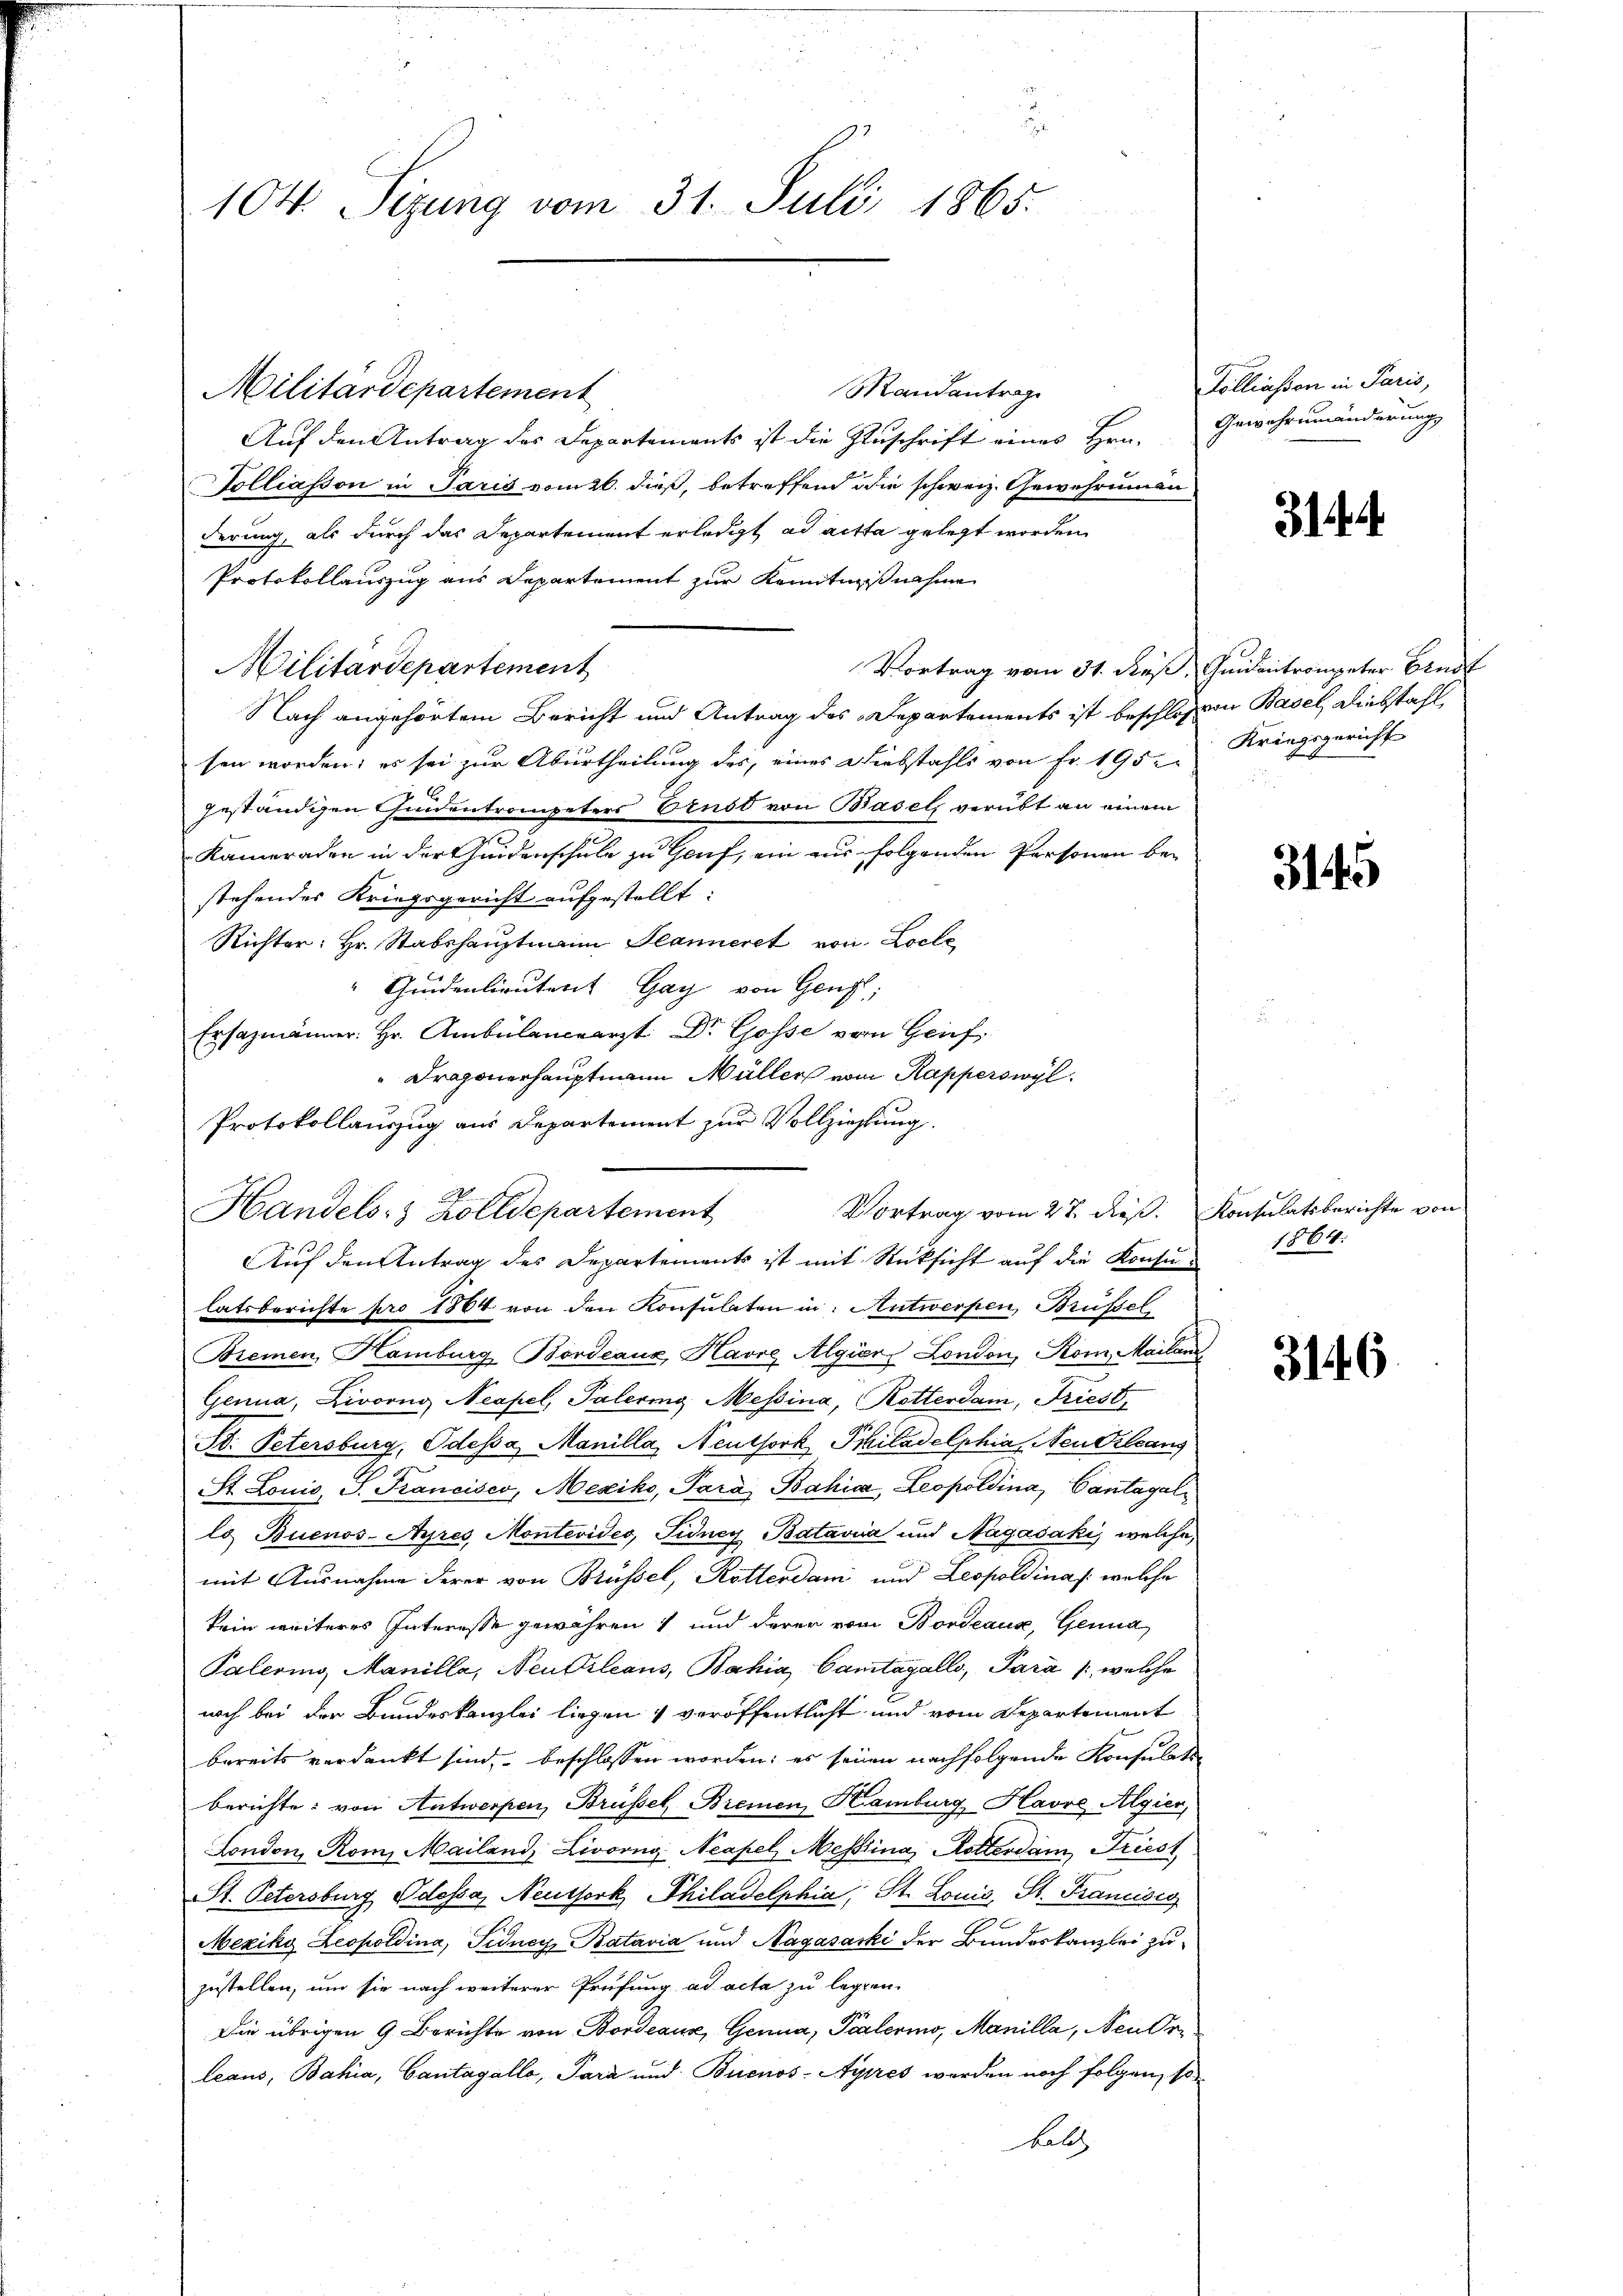
.
104. Sizung vom 31. Juli 1865.

Mandantrag
Militärdepartement
Auf den Antrag des Departements ist die Zuschrift eines Hrn.
Polliasson in Paris vom 26. dieß, betreffend die schweiz. Gewehrungen
derung, als durch das Departement erledigt ad acta gelegt worden
Protokollauszug aus Departement zur Kenntnißnahme
Militärdepartement
Nach angehörtem Bericht und Antrag des Departements ist beschlossen Basel, Diebstahl,
sen worden; es sei zur Aburtheilung des, eines Diebstahls von Fr. 195. Kriegsgericht
geständigen Chindentrompeters Ernst von Basels verübt an einem
Kameraden in der Guidenschule zu Genf, ein aus folgenden Personen bei
stehendes Kriegsgericht aufgestellt:
Richter: Hr. Stabshauptmann Planieret von Loche
"Grudenlieutent Gay von Genf;
Ersazmänner: Hr. Ambülanceärzt Dr. Gosse vom Grief,
"Dragonerhauptmann Müller vom Kapperswyl
Protokollauszug aus Departement zur Vollziehung.
Auf den Antrag des Departements ist mit Rücksicht aŭf die Konsu 1864.
latsberichte pro 1864 von den Konsulaten in: Antwerpen, Brüssel
Bremen, Hamburg Bordeaux, Havre Algier London, Rom, Mailanz
Genua, Livorng Neapel, Palering, Messina, Rotterdam, Friest
St. Petersburg, Odessa, Manilla, Neuthork Philadelphia, Neu Orleans
St. Louis, S. Francisco, Mexiko, Para Bahia, Leopoldina, Cantagallo Buenos-Ayres Montevides, Fidney Batavia und Nagašaki, welche,
mit Ausnahme derer von Brüssel, Rotterdan und Leopoldina /: welche
kein weiteres Interesse gewähren 1 und derer vom Bordeaux, Genua
Palering Manille, Neukrleans, Bahia, Cantagalli, Para /: welche
noch bei der Bundeskanzlei liegen & veröffentlicht und vom Departement
bereits verdankt sind, beschlossen worden; es seien nachfolgende Konsulatin
berichte: von Antwerpen, Brüssel Bremen, Hamburg, Havre Algier
London, Rom, Mailand, Livorng Neapel, Messlina, Rotterdam Friest
St. Petersburg Odessa, Neuthork, Philadelphia, St. Louis, St. Francisio
Mexiky Leopoldina, Sidney Batavia und Nagasache der Bundeskanzlei zuzustellen, um sie nach weiterer Prüfung ad acta zu legten.
Die übrigen 9 Berichte von Bordeaux, Genua, Palermo, Manilla, Neudr
leaus, Bahia, Cantagállo, Para und Buenos-Ayres werden noch folgen, so
alz

Handels- & Zolldepartement

Vortrag vom 27. dieß. Konsulatsberichte von

Polliasson in Paris,
Gewehrnwänderung

314

Vortrag vom 31. dieß, Quidentrompeter Bindt

3145

3146